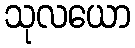
သုလယော